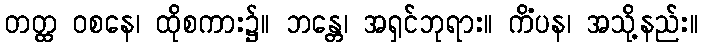
တတ္ထ ဝစနေ၊ ထိုစကား၌။ ဘန္တေ၊ အရှင်ဘုရား။ ကိံပန၊ အသို့နည်း။